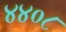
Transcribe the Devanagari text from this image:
४४०८